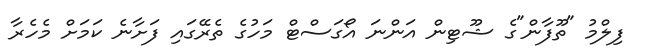
ފިލްމު "ތޫފާން"ގެ ޝޫޓިން އަންނަ އޯގަސްޓް މަހުގެ ތެރޭގައި ފަށާނެ ކަމަށް މެހެރާ